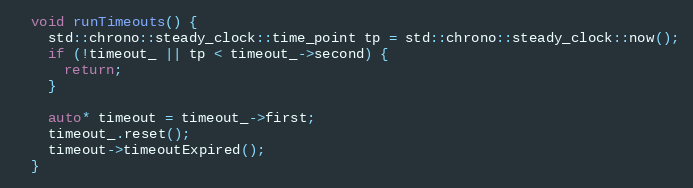
Language: C++
  void runTimeouts() {
    std::chrono::steady_clock::time_point tp = std::chrono::steady_clock::now();
    if (!timeout_ || tp < timeout_->second) {
      return;
    }

    auto* timeout = timeout_->first;
    timeout_.reset();
    timeout->timeoutExpired();
  }